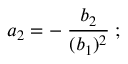
a _ { 2 } = - \; { \frac { b _ { 2 } } { ( b _ { 1 } ) ^ { 2 } } } \; ;